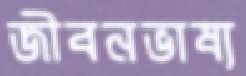
জীবনভাষ্য